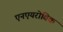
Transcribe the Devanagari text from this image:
एनएयरोबिक